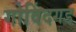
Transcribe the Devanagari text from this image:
गोविंदगड